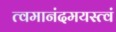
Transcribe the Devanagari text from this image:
त्वमानंदमयस्त्वं